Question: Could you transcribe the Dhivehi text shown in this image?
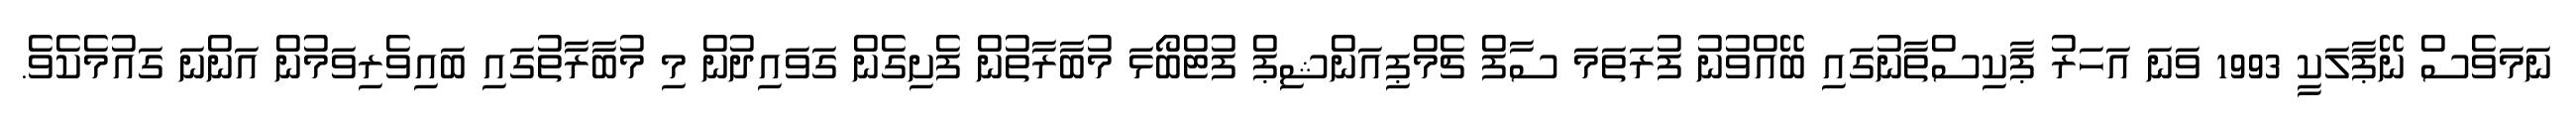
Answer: ނަމަވެސް ނޭޕާލަކީ 1993 ވަނަ އަހަރު ޕާކިސްތާނުގައި ބޭއްވުނު ފުރަތަމަ ސާފް ޗެމްޕިއަންޝިޕް ފުޓްބޯޅަ މުބާރާތުން ފެށިގެން ގަވައިދުން މި މުބާރާތުގައި ބައިވެރިވަމުން އަންނަ ގައުމެކެވެ.